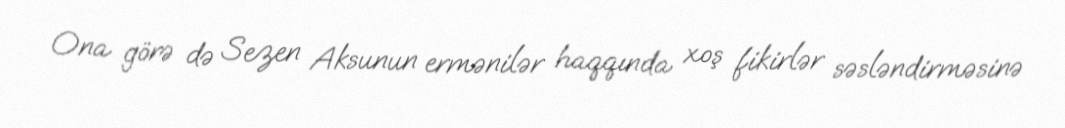
Ona görə də Sezen Aksunun ermənilər haqqında xoş fikirlər səsləndirməsinə